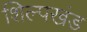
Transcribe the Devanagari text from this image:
शिल्पखंड